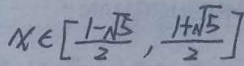
x \in [ \frac { 1 - \sqrt { 5 } } { 2 } , \frac { 1 + \sqrt { 5 } } { 2 } ]